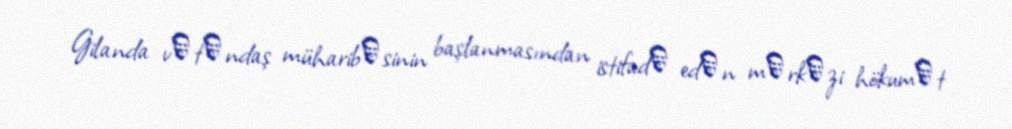
Gilanda vәtәndaş müharibәsinin başlanmasından istifadә edәn mәrkәzi hökumәt